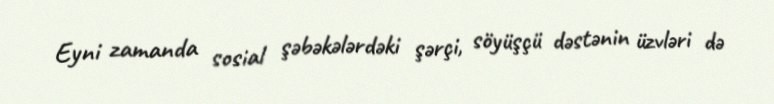
Eyni zamanda sosial şəbəkələrdəki şərçi, söyüşçü dəstənin üzvləri də